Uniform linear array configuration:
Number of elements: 24
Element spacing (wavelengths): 0.75
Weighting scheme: hamming
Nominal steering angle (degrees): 30
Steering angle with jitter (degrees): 28.371
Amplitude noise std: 0.05
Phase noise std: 0.05

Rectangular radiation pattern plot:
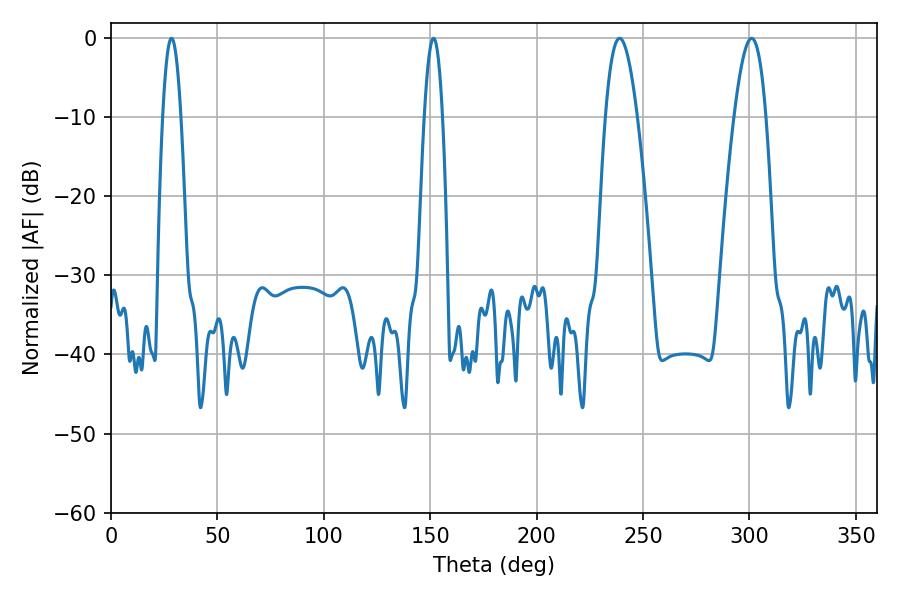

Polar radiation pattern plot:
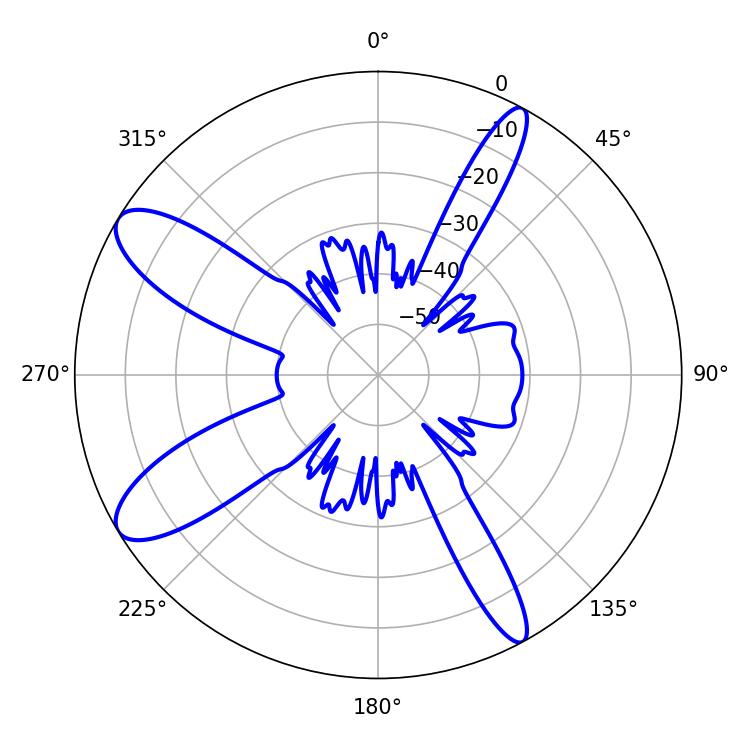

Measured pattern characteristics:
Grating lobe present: TRUE
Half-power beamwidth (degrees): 4.68
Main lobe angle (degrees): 28.44